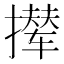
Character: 撵